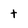
Character: t